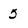
Character: 5